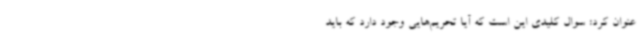
عنوان کرد: سوال کلیدی این است که آیا تحریم‌هایی وجود دارد که باید